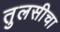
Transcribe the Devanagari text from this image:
तुलसीचा